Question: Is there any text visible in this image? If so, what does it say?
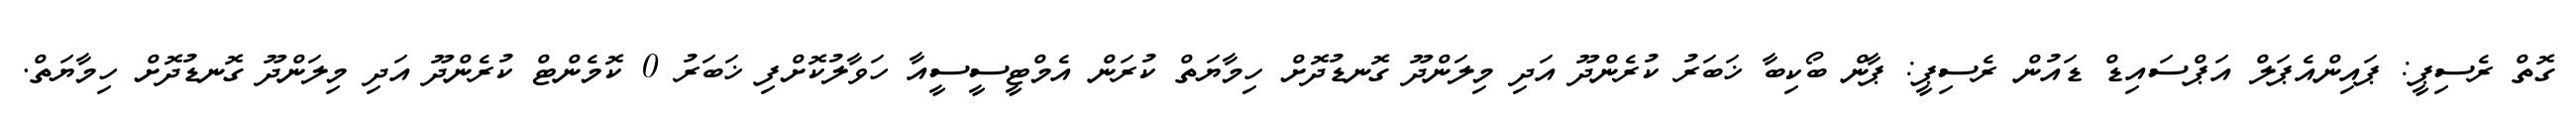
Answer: ގޮތް ރެސިޕީ: ޕައިންއެޕަލް އަޕްސައިޑް ޑައުން ރެސިޕީ: ޕާން ބޯކިބާ ޚަބަރު ކުރެންދޫ އަދި މިލަންދޫ ގޮނޑުދޮށް ހިމާޔަތް ކުރަން އެމްޓީސީސީއާ ހަވާލުކޮށްފި ޚަބަރު 0 ކޮމެންޓް ކުރެންދޫ އަދި މިލަންދޫ ގޮނޑުދޮށް ހިމާޔަތް.